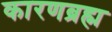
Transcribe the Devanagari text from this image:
कारणब्रह्म